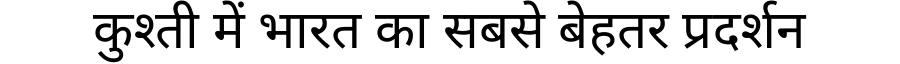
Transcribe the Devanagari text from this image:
कुश्ती में भारत का सबसे बेहतर प्रदर्शन